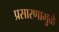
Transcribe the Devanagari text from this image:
प्रसारणामुळे